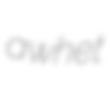
awhet